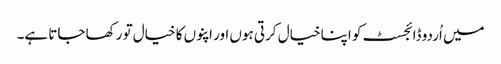
میں اُردو ڈائجسٹ کو اپنا خیال کرتی ہوں اور اپنوں کا خیال تو رکھا جاتا ہے۔